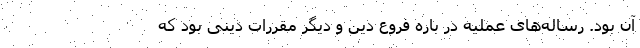
آن بود. رساله‌های عملیه در باره فروع دین و دیگر مقررات دینی بود که